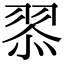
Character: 𮊿